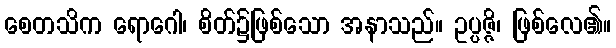
စေတသိက ရောဂေါ၊ စိတ်၌ဖြစ်သော အနာသည်။ ဥပ္ပဇ္ဇိ၊ ဖြစ်လေ၏။